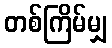
တစ်ကြိမ်မျှ